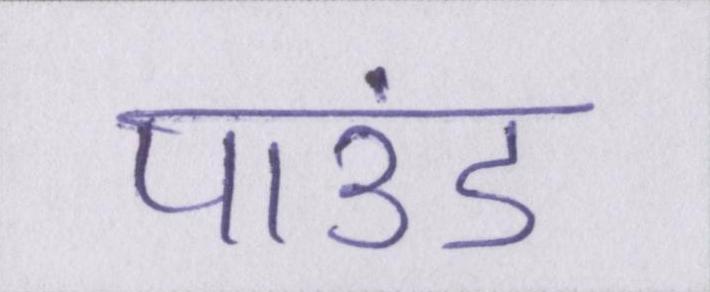
पाउंड